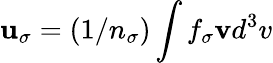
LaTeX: {\mathbf u}_{\sigma}=(1/n_{\sigma})\int f_{\sigma}{\mathbf v}d^{3}v